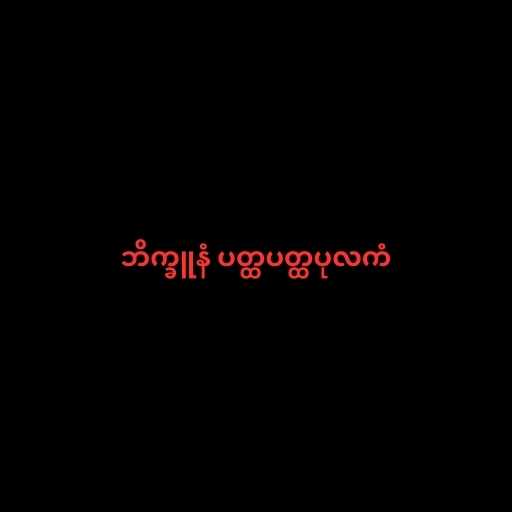
ဘိက္ခူနံ ပတ္ထပတ္ထပုလကံ